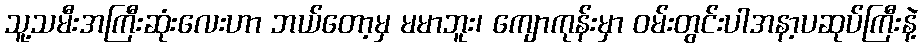
သူ့သမီးအကြီးဆုံးလေးဟာ ဘယ်တော့မှ မမာဘူး၊ ကျောကုန်းမှာ ဝမ်းတွင်းပါအနာ့ပဆုပ်ကြီးနဲ့